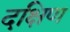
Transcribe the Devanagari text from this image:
दक्षिण